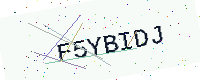
Text: F5YBIDJ